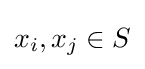
x_{i},x_{j}\in S